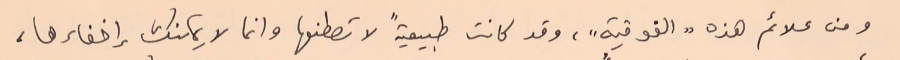
ومن علائم هذه "الفوقية"، وقد كانت طبيعيةً لا تصطنعها وانما لا يمكنك إخفاءها،